Parnu-Viljandi_kinnistusamet, lk 9
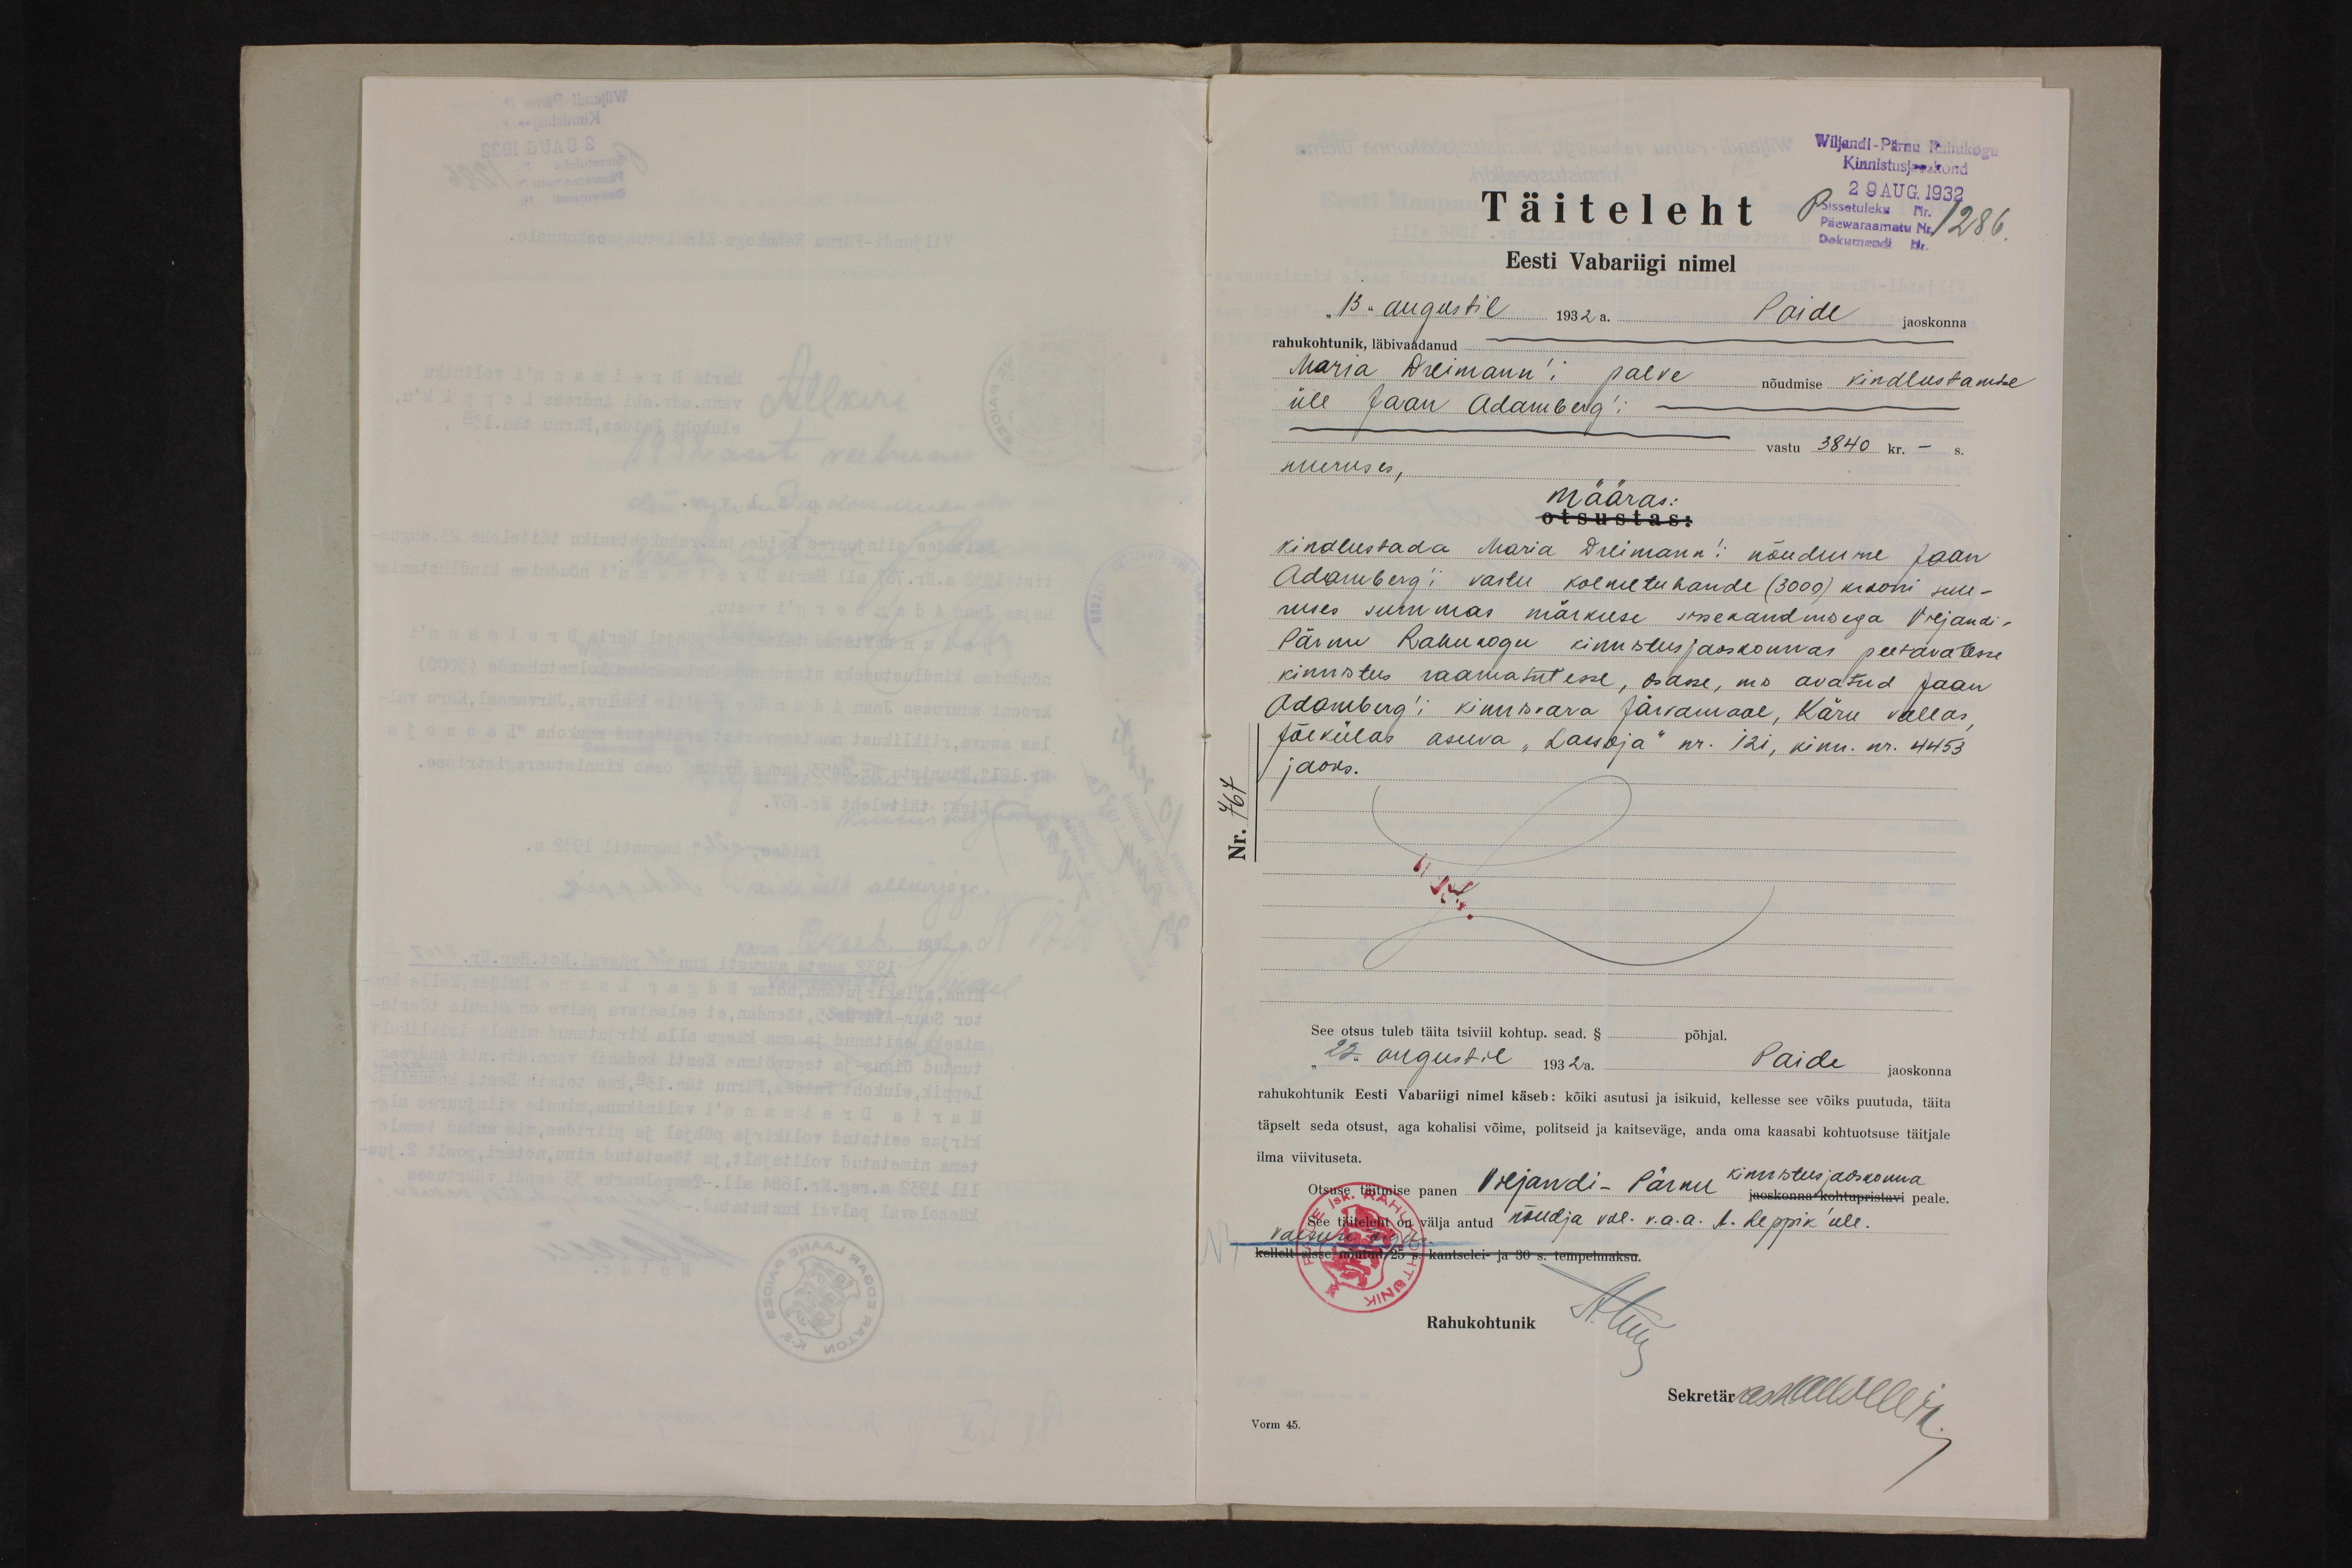
Wiljandi-Pärnu Rahukogu
kinnistusjaoskond
29 AUG. 1932
Täiteleht
Sissetuleku Nr
Päewaraamatu Nr.
Dokumendi Nr.
Eesti Vabariigi nimel
"13" augustil 1932 a.
Paide jaoskonna
rahukohtunik, läbivaadanud.
Maria Dreimann'i palve
nõudmise kindlustamise
üle Jaan Adamberg'i
vastu 3840 kr. - s.
suuruses,
määras:
otsustas:
kindlustada Maria Dreimann'i nõudmine Jaan
Adamberg'i vastu kolmetuhande (3000) krooni suu-
ruses summas märkuse sissekandusega Viljandi-
Pärnu Rahukogu kinnistusjaoskonnas peetavatesse
kinnistus raamatutesse, osasse, mis avatud Jaan
Adamberg´i kinnisvara Järvamaal, Käru vallas,
Jõekülas asuva "Lassoja" nr. 121, kinn. Nr. 4453
jaoks.
See otsus tuleb täita tsiviil kohtup. sead. §
põhjal.
27. augustil 1932a.
Paide jaoskonna
rahukohtunik Eesti Vabariigi nimel käseb: kõiki asutusi ja isikuid, kellesse see võiks puutuda, täita
täpselt seda otsust, aga kohalisi võime, politseid ja kaitseväge, anda oma kaasabi kohtuotsuse täitjale
ilma viivituseta.
Otsuse täitmise panen Viljandi-Pärnu kinnistusjaoskonna
jaoskonna kohtupristavi peale.
See täiteleht on välja antud nõudja väe. v.a. a. A . Leppik üle.
kellelt sisse nõutud 25 s. kantselei ja 30 s. tempelmaksu
vaesuse õigeks
Rahukohtunik
Sekretär G. MMooselli
Vorm 45.